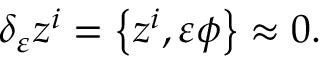
\delta _ { \varepsilon } z ^ { i } = \left\{ z ^ { i } , \varepsilon \phi \right\} \approx 0 .